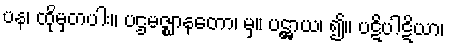
ပန၊ ထိုမှတပါး။ ပဌမဇ္ဈာနတော၊ မှ။ ပဋ္ဌာယ၊ ၍။ ပဋိပါဋိယာ၊